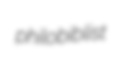
philobiblist